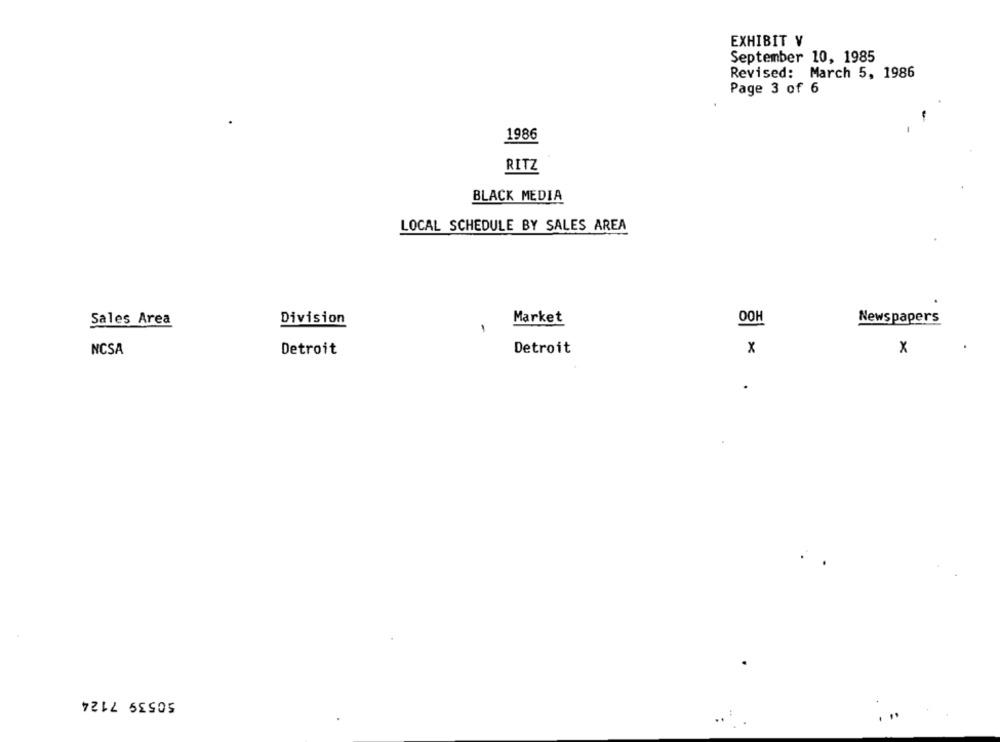
EXHIBIT V
September 10, 1985
Revised: March 5, 1986
Page 3 of 6
-
1986
RITZ
BLACK MEDIA
LOCAL SCHEDULE BY SALES AREA
Sales Area
Market
Newspapers
Division
OOH
1
NCSA
Detroit
Detroit
x
x
.
50539 7124